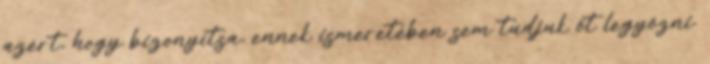
azért, hogy bizonyítsa, ennek ismeretében sem tudjuk őt legyőzni.